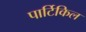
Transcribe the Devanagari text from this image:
पार्टिकिल